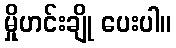
မှိုဟင်းချို ပေးပါ။